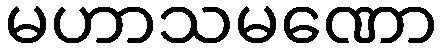
မဟာသမဏော